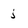
Character: j